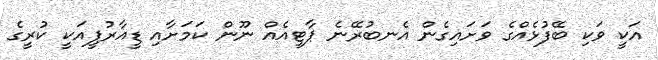
އަކީ ވަކި ބޭފުޅެއްގެ ވަށައިގެން އެނބުރޭނެ ޕާޓީއެއް ނޫން ކަމަށާއި ޑީއާރުޕީއަކީ ކުރީގެ